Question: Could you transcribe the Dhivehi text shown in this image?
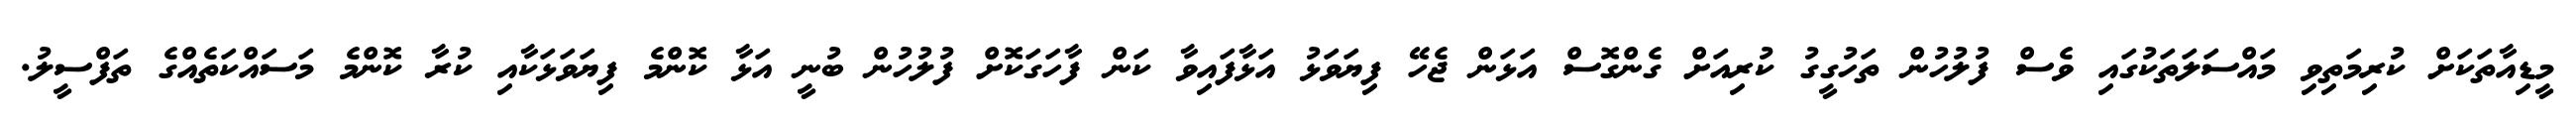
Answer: މީޑިއާތަކަށް ކުރިމަތިވި މައްސަލަތަކުގައި ވެސް ފުލުހުން ތަހުގީގު ކުރިއަށް ގެންގޮސް އަޅަން ޖެހޭ ފިޔަވަޅު އަޅާފައިވާ ކަން ފާހަގަކޮށް ފުލުހުން ބުނީ އަޅާ ކޮންމެ ފިޔަވަޅަކާއި ކުރާ ކޮންމެ މަސައްކަތެއްގެ ތަފްސީލު.